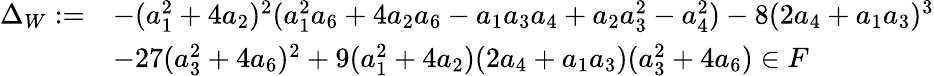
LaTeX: \begin{array}{rl}{\Delta_{W}:=}&{-(a_{1}^{2}+4a_{2})^{2}(a_{1}^{2}a_{6}+4a_{2}a_{6}-a_{1}a_{3}a_{4}+a_{2}a_{3}^{2}-a_{4}^{2})-8(2a_{4}+a_{1}a_{3})^{3}}\\ &{-27(a_{3}^{2}+4a_{6})^{2}+9(a_{1}^{2}+4a_{2})(2a_{4}+a_{1}a_{3})(a_{3}^{2}+4a_{6})\in F}\end{array}